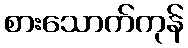
စားသောက်ကုန်